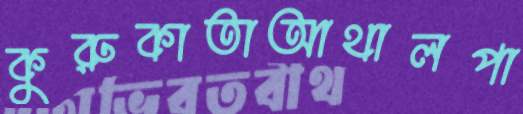
কুরুকাতাআথালপা